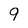
Character: 9